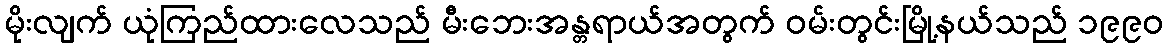
မိုးလျက် ယုံကြည်ထားလေသည် မီးဘေးအန္တရာယ်အတွက် ဝမ်းတွင်းမြို့နယ်သည် ၁၉၉၀